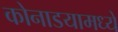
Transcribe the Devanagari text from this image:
कोनाडयामध्ये